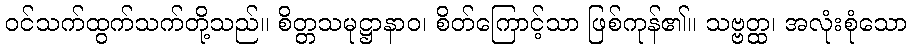
ဝင်သက်ထွက်သက်တို့သည်။ စိတ္တသမုဋ္ဌာနာဝ၊ စိတ်ကြောင့်သာ ဖြစ်ကုန်၏။ သဗ္ဗတ္ထ၊ အလုံးစုံသော